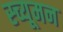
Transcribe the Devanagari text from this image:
स्च्यूमन